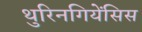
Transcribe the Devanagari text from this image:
थुरिनगियेंसिस